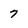
Character: 7